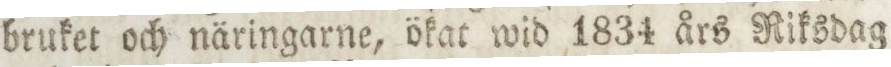
bruket och näringarne, ökat wid 1834 års Riksdag